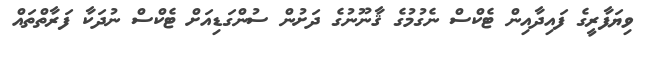
ވިޔަފާރީގެ ފައިދާއިން ޓެކްސް ނެގުމުގެ ޤާނޫނުގެ ދަށުން ސުންގަޑިއަށް ޓެކްސް ނުދަކާ ފަރާތްތައް